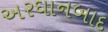
અરઘાનબાદ